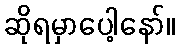
ဆိုရမှာပေါ့နော်။